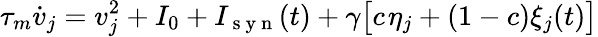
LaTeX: \tau_{m}\dot{v}_{j}=v_{j}^{2}+I_{0}+I_{\mathrm{~s~y~n~}}(t)+\gamma\big[c\; \! \eta_{j}+(1-c)\xi_{j}(t)\big]